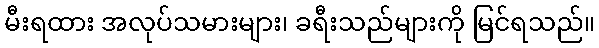
မီးရထား အလုပ်သမားများ၊ ခရီးသည်များကို မြင်ရသည်။